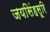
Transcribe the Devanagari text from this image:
जयसिंहसूरि